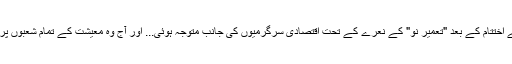
ایرانی پاسداران انقلاب 80ء کی دہائی کے اواخر میں عراق کے ساتھ جنگ کے اختتام کے بعد "تعمیرِ نو" کے نعرے کے تحت اقتصادی سرگرمیوں کی جانب متوجہ ہوئی... اور آج وہ معیشت کے تمام شعبوں پر قبضہ جما چکی ہے جہاں نجی سیکٹر کا اس کے ساتھ مقابلہ کرنا ممکن نہیں۔